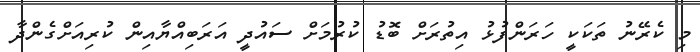
މި ކެރޭނު ތަކަކީ ހަރަންފުޅު އިތުރަށް ބޮޑު ކުރުމަށް ސައުދީ އަރަބިއްޔާއިން ކުރިއަށްގެންދާ